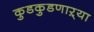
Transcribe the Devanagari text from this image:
कुडकुडणाऱ्या